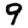
Digit: 9